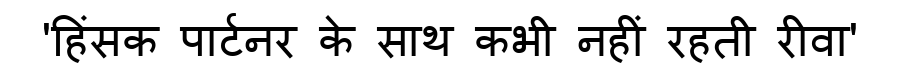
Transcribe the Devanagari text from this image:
'हिंसक पार्टनर के साथ कभी नहीं रहती रीवा'